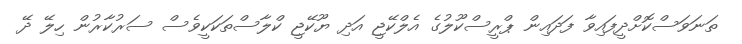
ތަނަވަސްކޮށްދީފައިވާ ފަދައިން ޕްރީސްކޫލުގެ އެލްކޭޖީ އަދި ޔޫކޭޖީ ކްލާސްތަކަކީވެސް ސަރުކާރުން ހިލޭ ދޭ